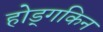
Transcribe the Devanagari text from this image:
होड्गकिन